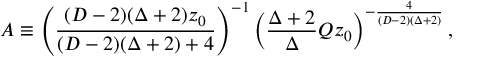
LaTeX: { \cal A } \equiv \left( { \frac { ( D - 2 ) ( \Delta + 2 ) z _ { 0 } } { ( D - 2 ) ( \Delta + 2 ) + 4 } } \right) ^ { - 1 } \left( { \frac { \Delta + 2 } { \Delta } } Q z _ { 0 } \right) ^ { - { \frac { 4 } { ( D - 2 ) ( \Delta + 2 ) } } } ,